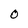
Character: 0